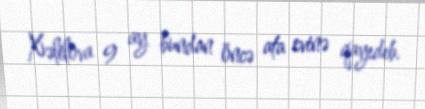
Xəlilova 9 ay bundan öncə ata evinə qayıdıb.